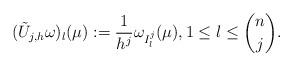
LaTeX: \begin{align*}(\tilde U_{j,h} \omega)_{l}(\mu):=\frac1{h^{{j}}}\omega_{I^j_l}(\mu),1\leq l \leq \binom{n}{j}.\end{align*}